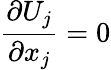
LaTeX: {\frac{\partial U_{j}}{\partial x_{j}}}=0